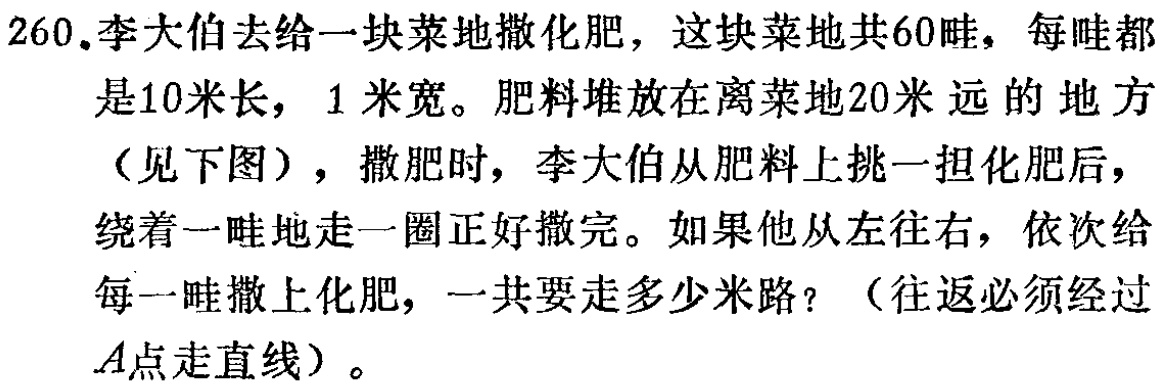
260.李大伯去给一块菜地撒化肥，这块菜地共60畦，每畦都是10米长，1 米宽。肥料堆放在离菜地20米远的地方（见下图），撒肥时，李大伯从肥料上挑一担化肥后，绕着一畦地走一圈正好撒完。如果他从左往右，依次给每一畦撒上化肥，一共要走多少米路？（往返必须经过A点走直线）。